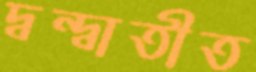
দ্বন্দ্বাতীত